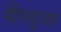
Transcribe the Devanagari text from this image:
डीसुजा